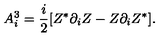
A _ { i } ^ { 3 } = \frac { i } { 2 } [ Z ^ { * } \partial _ { i } Z - Z \partial _ { i } Z ^ { * } ] .